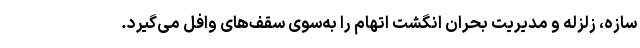
سازه، زلزله و مدیریت بحران انگشت اتهام را به‌سوی سقف‌های وافل می‌گیرد.